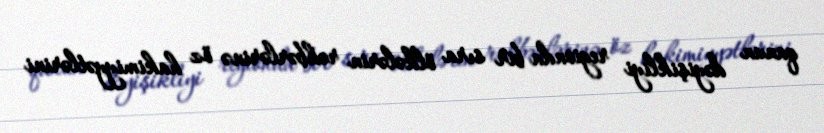
qanun dəyişikliyi regionda bir sıra ölkələrin rəhbərlərinə öz hakimiyyətlərini